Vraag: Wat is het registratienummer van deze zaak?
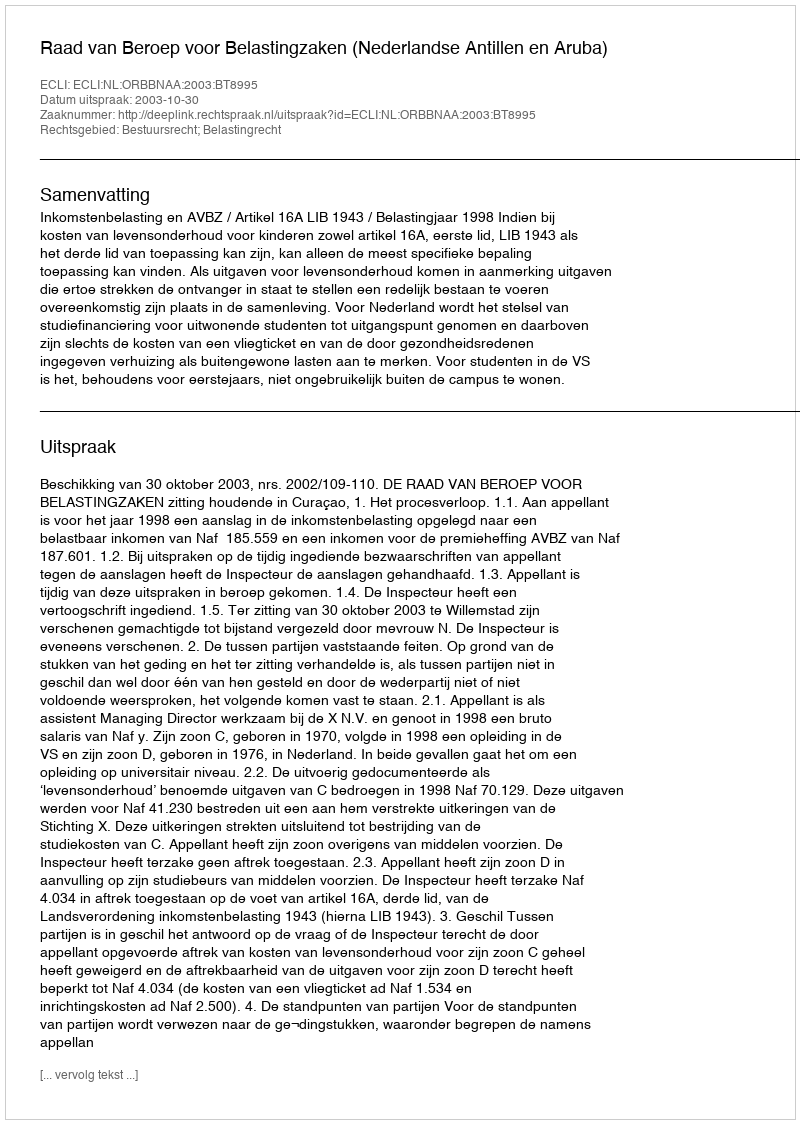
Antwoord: http://deeplink.rechtspraak.nl/uitspraak?id=ECLI:NL:ORBBNAA:2003:BT8995